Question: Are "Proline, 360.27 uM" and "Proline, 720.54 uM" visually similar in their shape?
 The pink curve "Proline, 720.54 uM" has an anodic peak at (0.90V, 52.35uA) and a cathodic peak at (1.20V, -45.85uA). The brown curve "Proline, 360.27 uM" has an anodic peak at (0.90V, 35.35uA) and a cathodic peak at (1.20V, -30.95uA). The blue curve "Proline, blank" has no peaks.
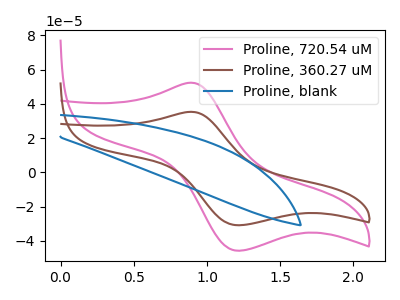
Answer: <think>All the peaks in "Proline, 360.27 uM" have a peak in "Proline, 720.54 uM" at the same potential. Every peak in "Proline, 360.27 uM" is lower than every peak in "Proline, 720.54 uM".
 </think>
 <answer>"Proline, 360.27 uM" and "Proline, 720.54 uM" are similar in shape.</answer>
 <eval>same_shape</eval>